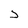
Character: J